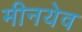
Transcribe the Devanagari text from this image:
मीनयेव